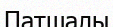
Патшалы